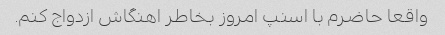
واقعا حاضرم با اسنپ امروز بخاطر اهنگاش ازدواج کنم.